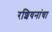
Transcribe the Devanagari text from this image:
रशियनांचा